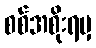
စစ်အစိုးရမှ